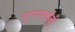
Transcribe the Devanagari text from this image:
गुणधर्मांनी